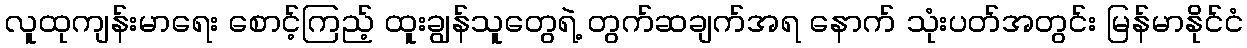
လူထုကျန်းမာရေး စောင့်ကြည့် ထူးချွန်သူတွေရဲ့ တွက်ဆချက်အရ နောက် သုံးပတ်အတွင်း မြန်မာနိုင်ငံ